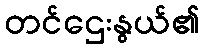
တင်ဌေးနွယ်၏